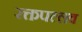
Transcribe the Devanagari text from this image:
रक्तपल्लव